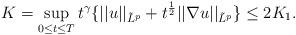
LaTeX: \begin{align*}K=\sup_{0\leq t\leq T}t^{\gamma}\{||u||_{\tilde{L}^{p}}+t^{\frac{1}{2}}||\nabla u||_{\tilde{L}^{p}}\}\leq 2K_1. \end{align*}